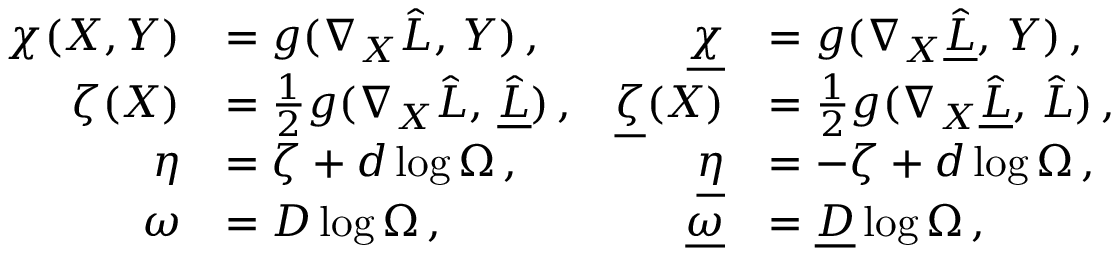
\begin{array} { r l r l } { \chi ( X , Y ) } & { = g ( \nabla _ { X } \hat { L } , \, Y ) \, , } & { \underline { { \chi } } } & { = g ( \nabla _ { X } \hat { \underline { { L } } } , \, Y ) \, , } \\ { \zeta ( X ) } & { = \frac { 1 } { 2 } g ( \nabla _ { X } \hat { L } , \, \hat { \underline { { L } } } ) \, , } & { \underline { { \zeta } } ( X ) } & { = \frac { 1 } { 2 } g ( \nabla _ { X } \hat { \underline { { L } } } , \, \hat { L } ) \, , } \\ { \eta } & { = \zeta + d \log \Omega \, , } & { \underline { { \eta } } } & { = - \zeta + d \log \Omega \, , } \\ { \omega } & { = D \log \Omega \, , } & { \underline { { \omega } } } & { = \underline { { D } } \log \Omega \, , } \end{array}